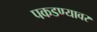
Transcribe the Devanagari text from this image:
पकडण्यावर